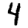
Digit: 4